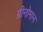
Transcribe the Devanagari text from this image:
ग्रीनोमान